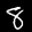
Label: 8